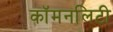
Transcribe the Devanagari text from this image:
कॉमनलिटी